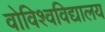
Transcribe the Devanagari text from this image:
वोविश्वविद्यालय